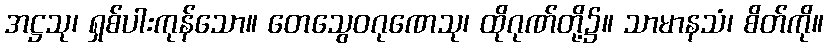
အဋ္ဌသု၊ ရှစ်ပါးကုန်သော။ တေသွေဝဂုဏေသု၊ ထိုဂုဏ်တို့၌။ သာမာနသံ၊ စိတ်ကို။